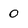
Character: 0